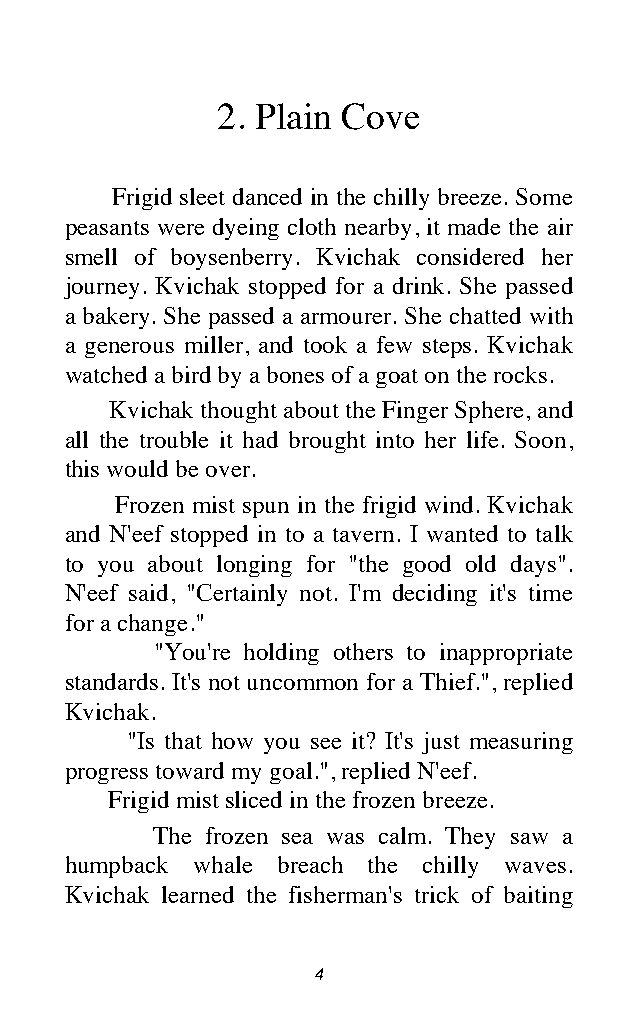
2. Plain Cove
 Frigid sleet danced in the chilly breeze. Some
 peasants were dyeing cloth nearby, it made the air
 smell of boysenberry. Kvichak considered her
 journey. Kvichak stopped for a drink. She passed
 a bakery. She passed a armourer. She chatted with
 a generous miller, and took a few steps. Kvichak
 watched a bird by a bones of a goat on the rocks.
 Kvichak thought about the Finger Sphere, and
 all the trouble it had brought into her life. Soon,
 this would be over.
 Frozen mist spun in the frigid wind. Kvichak
 and N'eef stopped in to a tavern. I wanted to talk
 to you about longing for "the good old days".
 N'eef said, "Certainly not. I'm deciding it's time
 for a change."
 "You're holding others to inappropriate
 standards. It's not uncommon for a Thief.", replied
 Kvichak.
 "Is that how you see it? It's just measuring
 progress toward my goal.", replied N'eef.
 Frigid mist sliced in the frozen breeze.
 The frozen sea was calm. They saw a
 humpback whale breach the chilly waves.
 Kvichak learned the fisherman's trick of baiting
 4